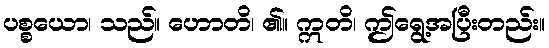
ပစ္စယော၊ သည်။ ဟောတိ၊ ၏။ ဣတိ၊ ဤရွေ့အပြီးတည်း။